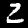
Digit: 2